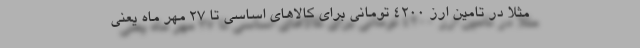
مثلا در تامین ارز ۴۲۰۰ تومانی برای کالاهای اساسی تا ۲۷ مهر ماه یعنی